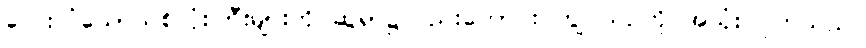
လေးလံသောသစ်လုံးကြီးများကို ဆွဲရာ၌လည်းကောင်း ကျွဲ ယဉ်ကို အသုံးပြုကြသည်။